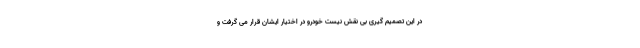
در این تصمیم گیری بی نقش نیست خودرو در اختیار ایشان قرار می گرفت و